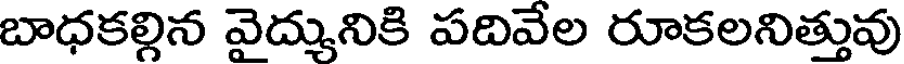
బాధకల్లిన వైద్యునికి పదివేల రూకలనిత్తువు